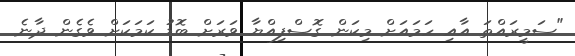
"ސަމީރައްތަ އާއި ހަމައަށް މިކަން ގޮސްފިއްޔާ ވަރަށް ބޮޑު ކަމަކަށް ވެގެން ދާނެ